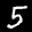
Label: 5